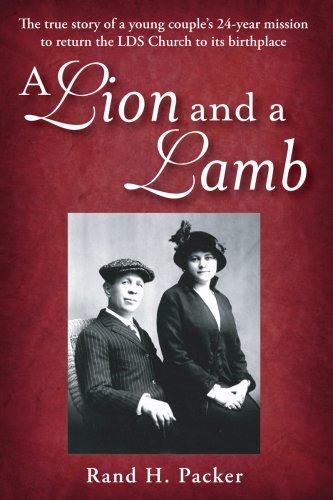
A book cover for A Lion and A Lamb; Rand H. Packer; Christian Books & Bibles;